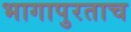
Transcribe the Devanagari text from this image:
भागापुरताच